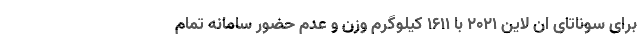
برای سوناتای ان لاین 2021 با 1611 کیلوگرم وزن و عدم حضور سامانه تمام